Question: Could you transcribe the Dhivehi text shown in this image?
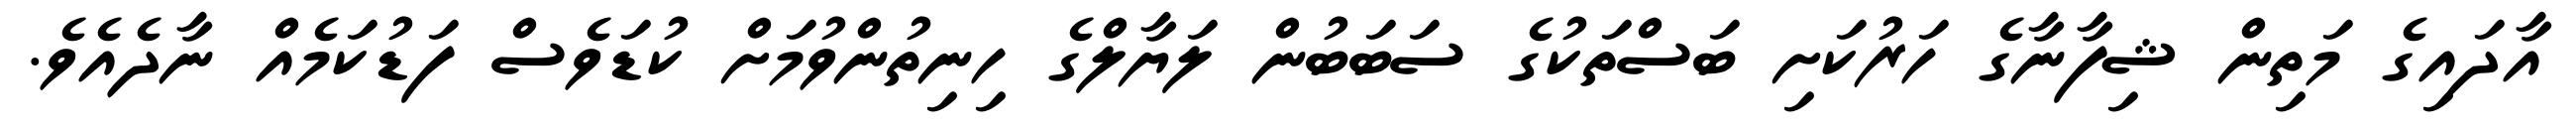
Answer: އާދައިގެ މަތިން ޝިފާނާގެ ހަރުކަށި ބަސްތަކުގެ ސަބަބުން ލަޔާލްގެ ހިނިތުންވުމަށް ކުޑަވެސް ފަޑުކަމެއް ނާދެއެވެ.